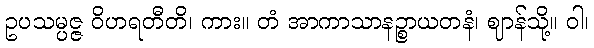
ဥပသမ္ပဇ္ဇ ဝိဟရတီတိ၊ ကား။ တံ အာကာသာနဉ္စာယတနံ၊ ဈာန်သို့။ ဝါ၊